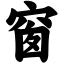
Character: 窗